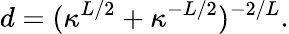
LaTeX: d=(\kappa^{L/2}+\kappa^{-L/2})^{-2/L}.